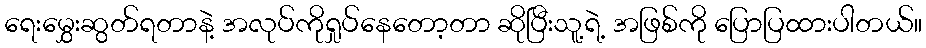
ရေးမွှေးဆွတ်ရတာနဲ့ အလုပ်ကိုရှုပ်နေတော့တာ ဆိုပြီးသူ့ရဲ့ အဖြစ်ကို ပြောပြထားပါတယ်။